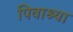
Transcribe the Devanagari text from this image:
पिवाश्या